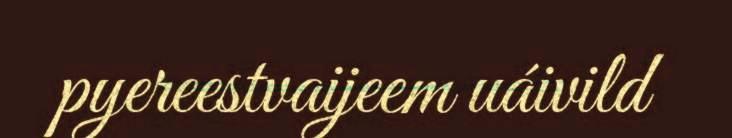
pyereestvaijeem uáivild